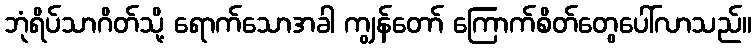
ဘုံရိပ်သာဂိတ်သို့ ရောက်သောအခါ ကျွန်တော် ကြောက်စိတ်တွေပေါ်လာသည်။